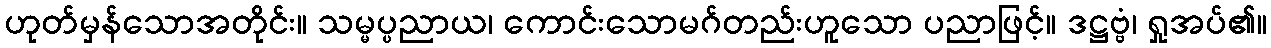
ဟုတ်မှန်သောအတိုင်း။ သမ္မပ္ပညာယ၊ ကောင်းသောမဂ်တည်းဟူသော ပညာဖြင့်။ ဒဋ္ဌဗ္ဗံ၊ ရှုအပ်၏။